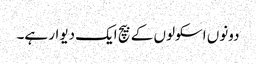
دونوں اسکولوں کے بیچ ایک دیوار ہے۔